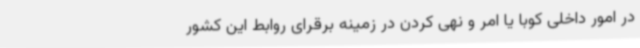
در امور داخلی کوبا یا امر و نهی کردن در زمینه برقرای روابط این کشور